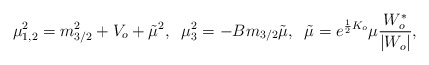
\begin{align*}\mu_{1,2}^2= m_{3/2}^2 + V_o +{\tilde \mu}^2,\;\;\mu_3^2= -B m_{3/2}{\tilde\mu},\;\;{\tilde \mu}=e^{\frac{1}{2}K_o} \mu \frac{W_o^{*}}{|W_o|},\end{align*}